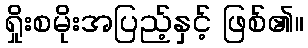
ရှိုးစမိုးအပြည့်နှင့် ဖြစ်၏။